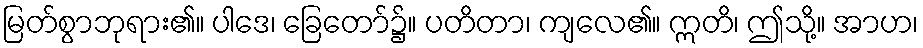
မြတ်စွာဘုရား၏။ ပါဒေ၊ ခြေတော်၌။ ပတိတာ၊ ကျလေ၏။ ဣတိ၊ ဤသို့။ အာဟ၊